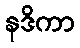
နဒိကာ